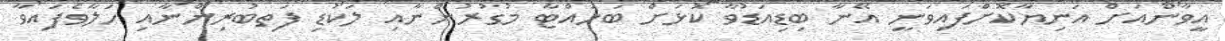
އީވާންއަށް އަނިޔާކޮށްފައިވަނީ އޭނާ ބިޑިއަޑުވާ ކޮޅަށް ބަހައްޓާ މުގުރުންނާއި ލަކުޑި ފަތިބުރިންނާއި ހަލާވެފައިވާ